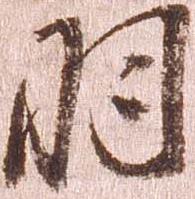
羽